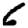
Digit: 6